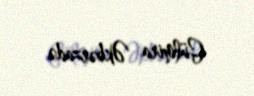
Gülmira Əkbərzadə